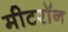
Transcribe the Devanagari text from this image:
मीटरॉन